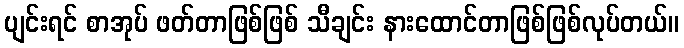
ပျင်းရင် စာအုပ် ဖတ်တာဖြစ်ဖြစ် သီချင်း နားထောင်တာဖြစ်ဖြစ်လုပ်တယ်။